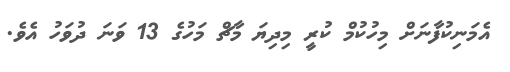
އެމަނިކުފާނަށް މިހުކުމް ކުރީ މިދިޔަ މާޗް މަހުގެ 13 ވަަނަ ދުވަހު އެވެ.